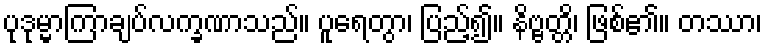
ပုဒုမ္မာကြာချပ်လက္ခဏာသည်။ ပူရေတွာ၊ ပြည့်၍။ နိဗ္ဗတ္တိ၊ ဖြစ်၏။ တဿာ၊